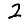
Digit: 2